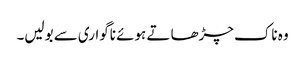
وہ ناک چڑھا تے ہوئے ناگواری سے بولیں۔